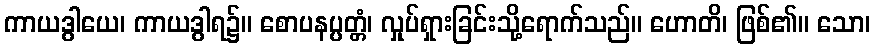
ကာယဒွါယေ၊ ကာယဒွါရ၌။ စောပနပ္ပတ္တံ၊ လှုပ်ရှားခြင်းသို့ရောက်သည်။ ဟောတိ၊ ဖြစ်၏။ သော၊